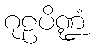
ဂုဠပိဏ္ဍံ